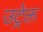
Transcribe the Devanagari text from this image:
उट्रेक्त